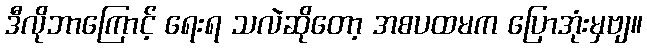
ဒီလိုဘာကြောင့် ရေးရ သလဲဆိုတော့ အစပထမက ပြောအုံးမှဗျ။